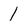
Character: 1